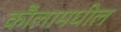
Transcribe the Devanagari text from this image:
कौलामधील